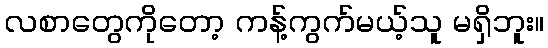
လစာတွေကိုတော့ ကန့်ကွက်မယ့်သူ မရှိဘူး။